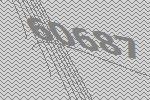
60687